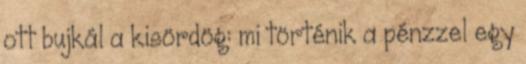
ott bujkál a kisördög: mi történik a pénzzel egy